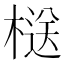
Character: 㮸